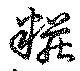
妝